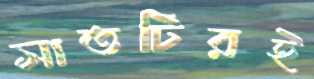
সাতটিরই